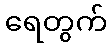
ရေတွက်